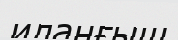
иланғыш